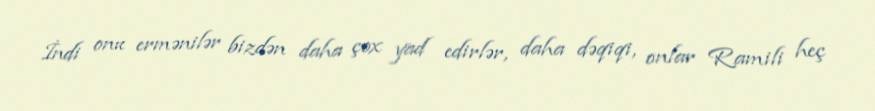
İndi onu ermənilər bizdən daha çox yad edirlər, daha dəqiqi, onlar Ramili heç